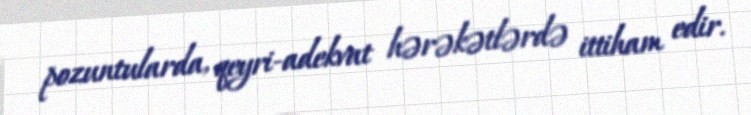
pozuntularda, qeyri-adekvat hərəkətlərdə ittiham edir.